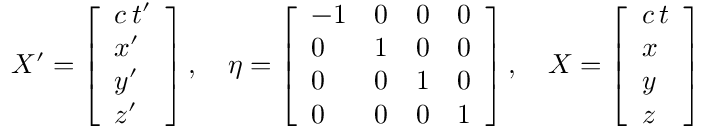
X ^ { \prime } = { \left[ \begin{array} { l } { c \, t ^ { \prime } } \\ { x ^ { \prime } } \\ { y ^ { \prime } } \\ { z ^ { \prime } } \end{array} \right] } \, , \quad \eta = { \left[ \begin{array} { l l l l } { - 1 } & { 0 } & { 0 } & { 0 } \\ { 0 } & { 1 } & { 0 } & { 0 } \\ { 0 } & { 0 } & { 1 } & { 0 } \\ { 0 } & { 0 } & { 0 } & { 1 } \end{array} \right] } \, , \quad X = { \left[ \begin{array} { l } { c \, t } \\ { x } \\ { y } \\ { z } \end{array} \right] }